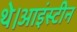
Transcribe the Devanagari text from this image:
थे।आइंस्टीन